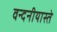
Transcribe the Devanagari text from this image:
वन्दनीयास्ते